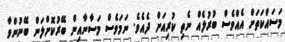
މަސައްކަތަށް އެއްވެސް ބުރުލެއް ނެތި ކުރިއަށް ދެއެވެ. ނަމަވެސް މަސާނާއިން ބޭރުކޮށްލަން ބޭނުންވާ